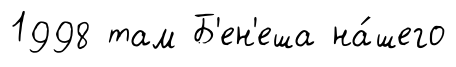
1998 там Б'ен'еша на́шего